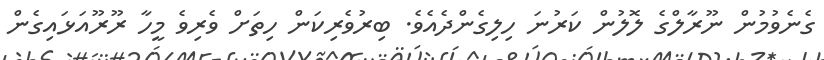
ގެނެވުމުން ނޫރާލްގެ ލޮލުން ކަރުނަ ހިލިގެންދެއެވެ. ބިރުވެރިކަން ހިތަށް ވެރިވެ މީހާ ރޫރޫއަޅައިގެން